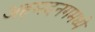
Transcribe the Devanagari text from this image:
अहमदनगमध्ये